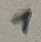
Text: 1